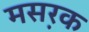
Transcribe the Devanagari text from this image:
मस़रक